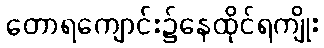
တောရကျောင်း၌နေထိုင်ရကျိုး